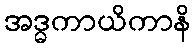
အဒ္ဓကာယိကာနိ